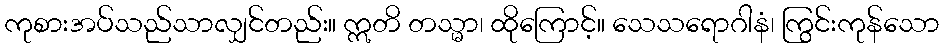
ကုစားအပ်သည်သာလျှင်တည်း။ ဣတိ တသ္မာ၊ ထိုကြောင့်။ သေသရောဂါနံ၊ ကြွင်းကုန်သော